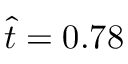
\hat { t } = 0 . 7 8